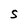
Character: S